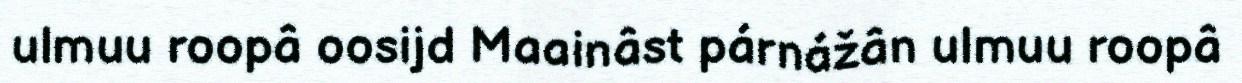
ulmuu roopâ oosijd Maainâst párnážân ulmuu roopâ